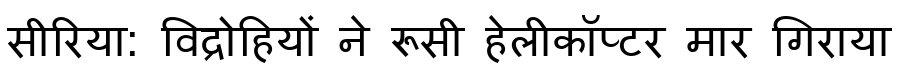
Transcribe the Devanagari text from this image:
सीरिया: विद्रोहियों ने रूसी हेलीकॉप्टर मार गिराया